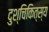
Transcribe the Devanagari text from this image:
दुश्चिकित्स्य